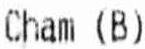
CHAM (B)